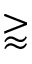
\gtrapprox